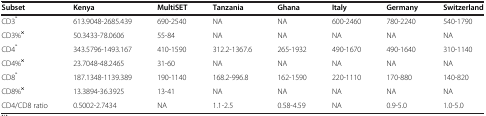
<table><thead><tr><td><b>Subset</b></td><td><b>Kenya</b></td><td><b>MultiSET</b></td><td><b>Tanzania</b></td><td><b>Ghana</b></td><td><b>Italy</b></td><td><b>Germany</b></td><td><b>Switzerland</b></td></tr></thead><tbody><tr><td>CD3<sup>*</sup></td><td>613.9048-2685.439</td><td>690-2540</td><td>NA</td><td>NA</td><td>600-2460</td><td>780-2240</td><td>540-1790</td></tr><tr><td>CD3%<sup><b>×</b></sup></td><td>50.3433-78.0606</td><td>55-84</td><td>NA</td><td>NA</td><td>NA</td><td>NA</td><td>NA</td></tr><tr><td>CD4<sup>*</sup></td><td>343.5796-1493.167</td><td>410-1590</td><td>312.2-1367.6</td><td>265-1932</td><td>490-1670</td><td>490-1640</td><td>310-1140</td></tr><tr><td>CD4%<sup><b>×</b></sup></td><td>23.7048-48.2465</td><td>31-60</td><td>NA</td><td>NA</td><td>NA</td><td>NA</td><td>NA</td></tr><tr><td>CD8<sup>*</sup></td><td>187.1348-1139.389</td><td>190-1140</td><td>168.2-996.8</td><td>162-1590</td><td>220-1110</td><td>170-880</td><td>140-820</td></tr><tr><td>CD8%<sup><b>×</b></sup></td><td>13.3894-36.3925</td><td>13-41</td><td>NA</td><td>NA</td><td>NA</td><td>NA</td><td>NA</td></tr><tr><td>CD4/CD8 ratio</td><td>0.5002-2.7434</td><td>NA</td><td>1.1-2.5</td><td>0.58-4.59</td><td>NA</td><td>0.9-5.0</td><td>1.0-5.0</td></tr></tbody></table>